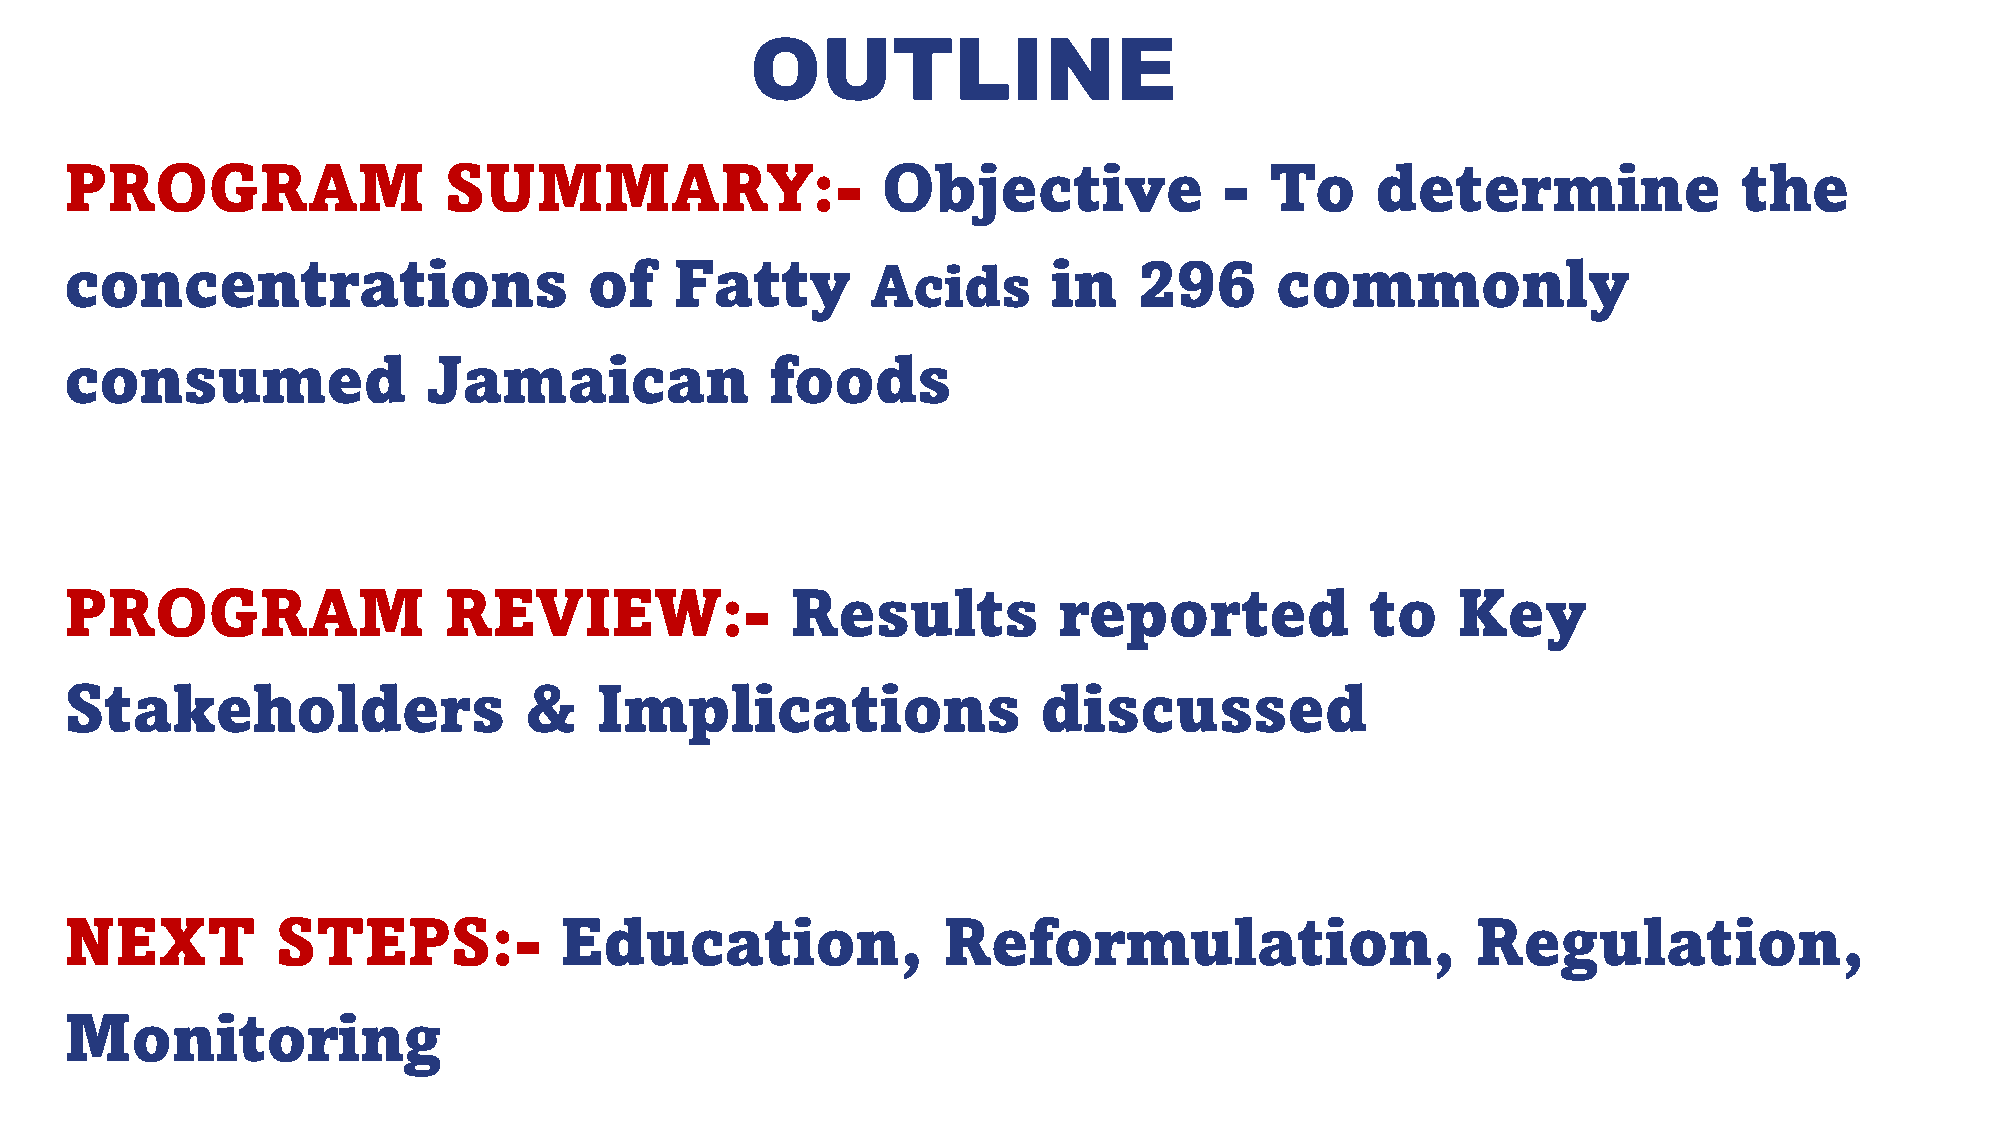
OUTLINE
 PROGRAM                  SUMMARY:-                    Objective              -  To     determine               the
 concentrations                     of    Fatty                    in   296      commonly
 Acids
 consumed                Jamaican               foods
 PROGRAM                  REVIEW:-               Results           reported             to   Key
 Stakeholders                   &   Implications                  discussed
 NEXT          STEPS:-            Education,               Reformulation,                      Regulation,
 Monitoring